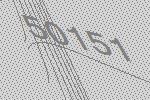
50151